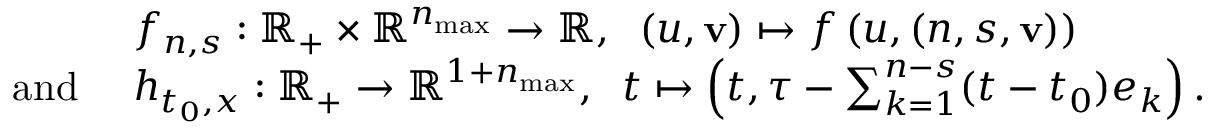
\begin{array} { r l } & { f _ { n , s } : \mathbb { R } _ { + } \times \mathbb { R } ^ { n _ { \operatorname* { m a x } } } \to \mathbb { R } , \; \; ( u , \mathbf { v } ) \mapsto f \left( u , ( n , s , \mathbf { v } ) \right) } \\ { \mathrm { a n d ~ } } & { h _ { t _ { 0 } , x } : \mathbb { R } _ { + } \to \mathbb { R } ^ { 1 + n _ { \operatorname* { m a x } } } , \; \; t \mapsto \left( t , \tau - \sum _ { k = 1 } ^ { n - s } ( t - t _ { 0 } ) e _ { k } \right) . } \end{array}